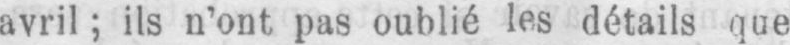
avril; ils n’ont pas oublié les détails que